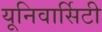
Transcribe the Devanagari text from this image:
यूनिवार्सिटी